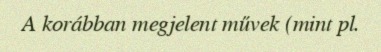
A korábban megjelent művek (mint pl.